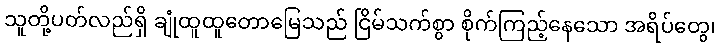
သူတို့ပတ်လည်ရှိ ချုံထူထူတောမြေသည် ငြိမ်သက်စွာ စိုက်ကြည့်နေသော အရိပ်တွေ၊